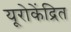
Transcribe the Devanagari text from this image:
यूरोकेंद्रित